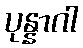
ပုန္နာဂါ